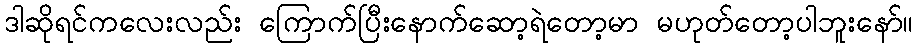
ဒါဆိုရင်ကလေးလည်း ကြောက်ပြီးနောက်ဆော့ရဲတော့မာ မဟုတ်တော့ပါဘူးနော်။